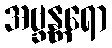
အဗ္ဘန္တရော